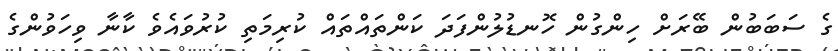
ގެ ސަބަބުން ބޭރަށް ހިންގުން ހޮނޑުލުންފަދަ ކަންތައްތައް ކުރިމަތި ކުރުވައެވެ ކާނާ ވިހަވުންގެ